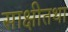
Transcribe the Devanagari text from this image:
साक्षीतथा